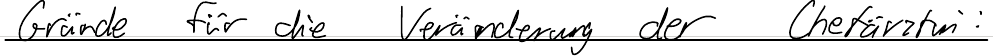
Gründe für die Veränderung der Chefärztin: